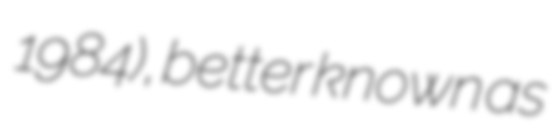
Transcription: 1984), better known as